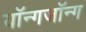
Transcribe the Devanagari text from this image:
यॉन्गजॉन्ग